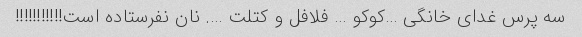
سه پرس غدای خانگی …کوکو … فلافل و کتلت …. نان نفرستاده است!!!!!!!!!!!